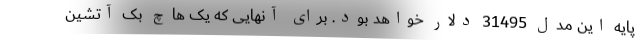
پایه این مدل 31495 دلار خواهد بود. برای آنهایی که یک هاچ بک آتشین